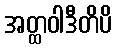
အတ္ထဝါဒီတိပိ